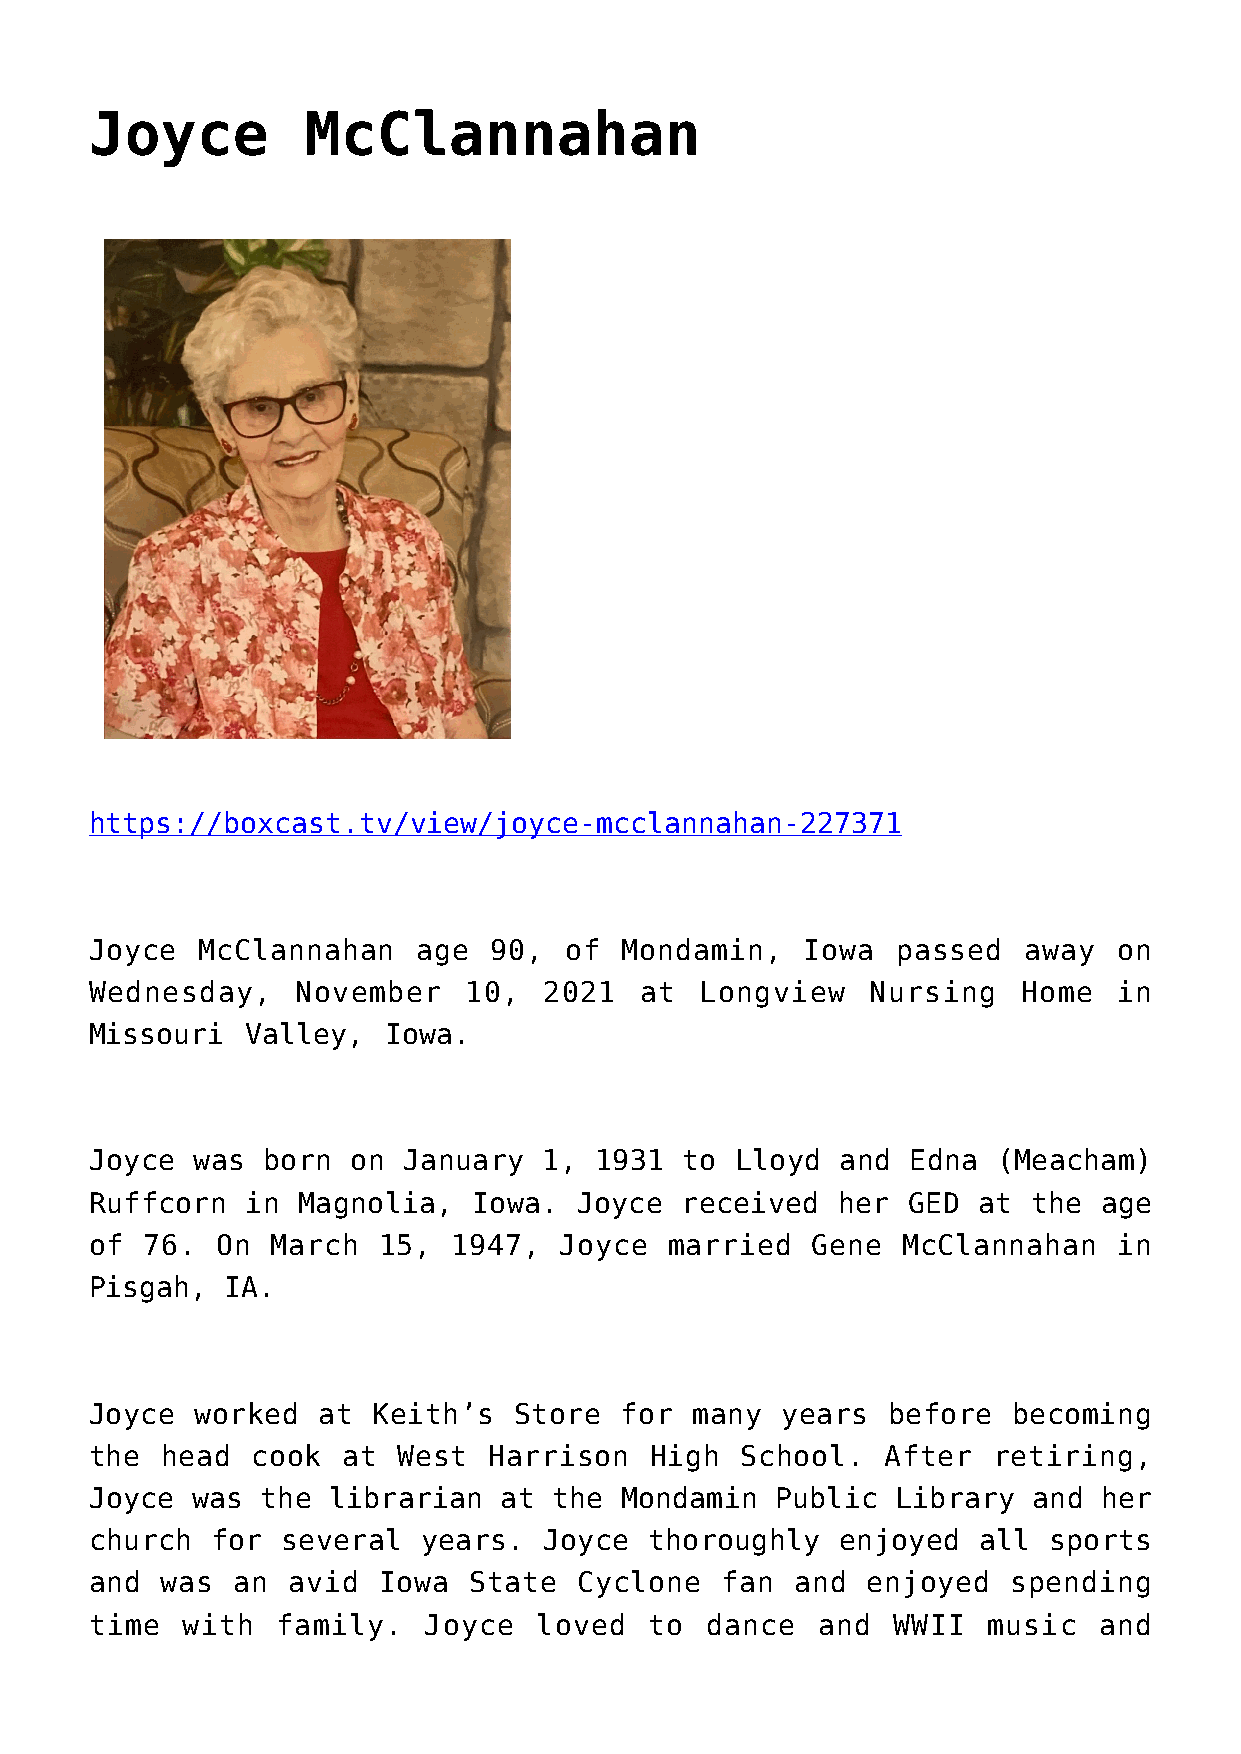
Joyce         McClannahan
 https://boxcast.tv/view/joyce-mcclannahan-227371
 Joyce  McClannahan    age  90, of  Mondamin,   Iowa  passed   away  on
 Wednesday,    November   10,  2021  at  Longview    Nursing   Home  in
 Missouri  Valley,  Iowa.
 Joyce  was born  on  January  1, 1931  to  Lloyd  and Edna  (Meacham)
 Ruffcorn  in  Magnolia,  Iowa.  Joyce  received  her  GED  at the  age
 of  76. On  March  15,  1947,  Joyce  married   Gene  McClannahan   in
 Pisgah,  IA.
 Joyce  worked  at  Keith’s  Store  for  many  years  before  becoming
 the  head  cook  at West  Harrison   High  School.   After  retiring,
 Joyce  was the  librarian  at  the Mondamin  Public  Library  and  her
 church  for  several  years.  Joyce  thoroughly   enjoyed  all sports
 and  was an  avid  Iowa  State  Cyclone   fan  and enjoyed   spending
 time  with  family.   Joyce  loved   to  dance  and  WWII  music   and